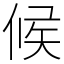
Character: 候